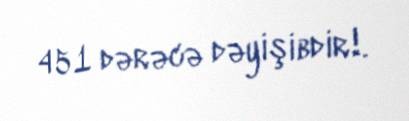
451 dərəcə dəyişibdir!.